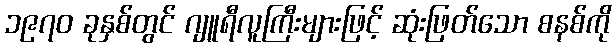
၁၉၇၀ ခုနှစ်တွင် ဂျူရီလူကြီးများဖြင့် ဆုံးဖြတ်သော စနစ်ကို